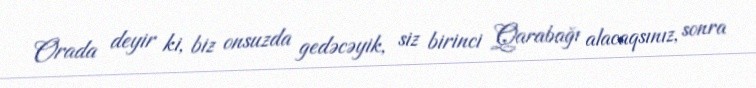
Orada deyir ki, biz onsuzda gedəcəyik, siz birinci Qarabağı alacaqsınız, sonra